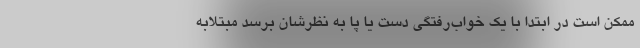
ممکن است در ابتدا با یک خواب‌رفتگی دست یا پا به نظرشان برسد مبتلابه